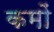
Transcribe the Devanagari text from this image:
कमों